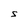
Character: S